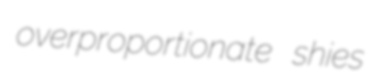
overproportionate shies